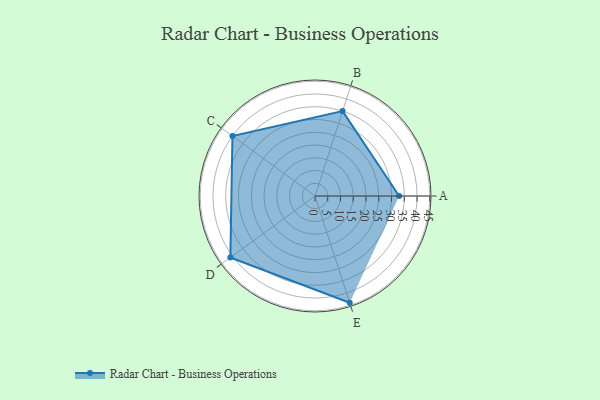
{"axis": {"x": "Skill", "y": "Score"}, "legend": ["Profile"], "data": [{"x": "A", "y": 33.0, "type": "Profile"}, {"x": "B", "y": 35.0, "type": "Profile"}, {"x": "C", "y": 40.0, "type": "Profile"}, {"x": "D", "y": 41.0, "type": "Profile"}, {"x": "E", "y": 44.0, "type": "Profile"}]}